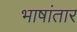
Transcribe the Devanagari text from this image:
भाषांतार